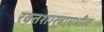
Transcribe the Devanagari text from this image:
रक्तशास्त्रामधील